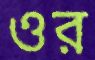
ওর